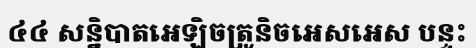
៤៤ សន្និបាតអេឡិចត្រូនិចអេសអេស បន្ទះ